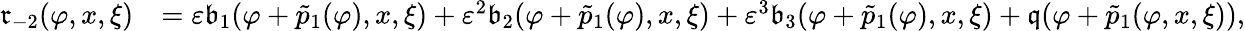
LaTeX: \begin{array}{rl}{\mathfrak{r}_{-2}(\varphi,x,\xi)}&{=\varepsilon\mathfrak{b}_{1}(\varphi+\tilde{p}_{1}(\varphi),x,\xi)+\varepsilon^{2}\mathfrak{b}_{2}(\varphi+\tilde{p}_{1}(\varphi),x,\xi)+\varepsilon^{3}\mathfrak{b}_{3}(\varphi+\tilde{p}_{1}(\varphi),x,\xi)+\mathfrak{q}(\varphi+\tilde{p}_{1}(\varphi,x,\xi)),}\end{array}